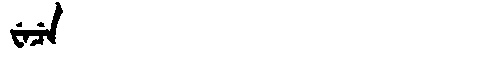
Manchu: ᠸᡝᠴᡝ
Romanization: WECE